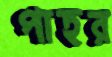
পাহর